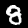
Label: 8